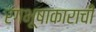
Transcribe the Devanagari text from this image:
रंगभूषाकाराची